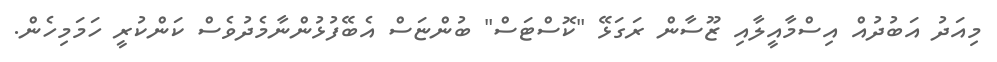
މިއަދު އަބުދުއްްްްްްްްްްްްްްްްްްްްްްް އިސްމާއީލާއި ޒޫސާން ރަގަޅޭ "ކޮސްޓަސް" ބުންޏަސް އެބޭފުޅުންނާމެދުވެސް ކަންކުރީ ހަމަމިހެން.